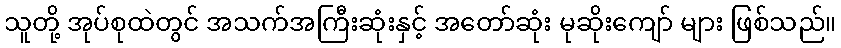
သူတို့ အုပ်စုထဲတွင် အသက်အကြီးဆုံးနှင့် အတော်ဆုံး မုဆိုးကျော် များ ဖြစ်သည်။